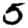
Digit: 5